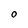
Character: O